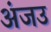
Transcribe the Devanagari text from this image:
अंजउ